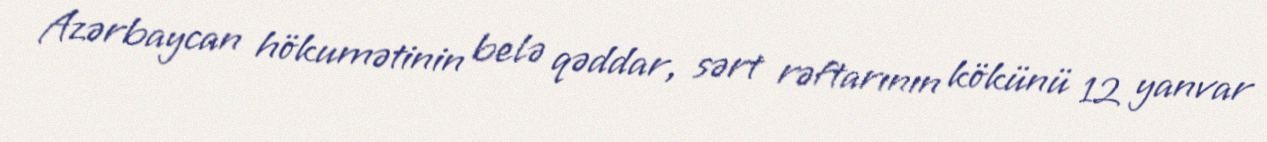
Azərbaycan hökumətinin belə qəddar, sərt rəftarının kökünü 12 yanvar